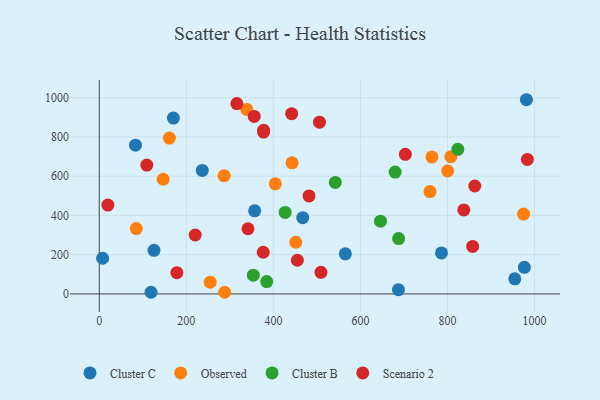
{"axis": {"x": "Price", "y": "Rating"}, "legend": ["Cluster B", "Cluster C", "Observed", "Scenario 2"], "data": [{"x": "125.7", "y": 222.4, "type": "Cluster C"}, {"x": "565.3", "y": 204.6, "type": "Cluster C"}, {"x": "786.2", "y": 209.2, "type": "Cluster C"}, {"x": "83.2", "y": 758.3, "type": "Cluster C"}, {"x": "467.4", "y": 388.6, "type": "Cluster C"}, {"x": "118.9", "y": 8.6, "type": "Cluster C"}, {"x": "7.7", "y": 181.9, "type": "Cluster C"}, {"x": "170.2", "y": 896.5, "type": "Cluster C"}, {"x": "687.3", "y": 21.6, "type": "Cluster C"}, {"x": "357.0", "y": 423.7, "type": "Cluster C"}, {"x": "236.6", "y": 629.7, "type": "Cluster C"}, {"x": "954.6", "y": 77.2, "type": "Cluster C"}, {"x": "981.3", "y": 989.8, "type": "Cluster C"}, {"x": "976.6", "y": 135.5, "type": "Cluster C"}, {"x": "286.9", "y": 602.8, "type": "Observed"}, {"x": "974.8", "y": 406.9, "type": "Observed"}, {"x": "338.9", "y": 940.3, "type": "Observed"}, {"x": "764.2", "y": 698.1, "type": "Observed"}, {"x": "85.0", "y": 332.9, "type": "Observed"}, {"x": "442.9", "y": 668.1, "type": "Observed"}, {"x": "451.4", "y": 263.4, "type": "Observed"}, {"x": "759.7", "y": 521.7, "type": "Observed"}, {"x": "800.4", "y": 627.1, "type": "Observed"}, {"x": "254.8", "y": 59.9, "type": "Observed"}, {"x": "404.4", "y": 561.3, "type": "Observed"}, {"x": "161.1", "y": 794.1, "type": "Observed"}, {"x": "146.8", "y": 584.4, "type": "Observed"}, {"x": "288.1", "y": 8.4, "type": "Observed"}, {"x": "807.8", "y": 699.1, "type": "Observed"}, {"x": "679.7", "y": 620.9, "type": "Cluster B"}, {"x": "687.7", "y": 281.9, "type": "Cluster B"}, {"x": "542.2", "y": 568.4, "type": "Cluster B"}, {"x": "427.0", "y": 415.3, "type": "Cluster B"}, {"x": "823.7", "y": 737.1, "type": "Cluster B"}, {"x": "646.1", "y": 370.6, "type": "Cluster B"}, {"x": "384.6", "y": 63.1, "type": "Cluster B"}, {"x": "353.9", "y": 95.6, "type": "Cluster B"}, {"x": "983.5", "y": 685.3, "type": "Scenario 2"}, {"x": "837.5", "y": 428.3, "type": "Scenario 2"}, {"x": "178.2", "y": 108.5, "type": "Scenario 2"}, {"x": "862.7", "y": 550.1, "type": "Scenario 2"}, {"x": "509.3", "y": 110.0, "type": "Scenario 2"}, {"x": "455.1", "y": 171.6, "type": "Scenario 2"}, {"x": "442.0", "y": 918.7, "type": "Scenario 2"}, {"x": "377.5", "y": 833.9, "type": "Scenario 2"}, {"x": "220.4", "y": 300.3, "type": "Scenario 2"}, {"x": "19.8", "y": 452.6, "type": "Scenario 2"}, {"x": "109.2", "y": 656.7, "type": "Scenario 2"}, {"x": "341.6", "y": 332.3, "type": "Scenario 2"}, {"x": "857.8", "y": 241.9, "type": "Scenario 2"}, {"x": "703.2", "y": 711.6, "type": "Scenario 2"}, {"x": "481.9", "y": 499.5, "type": "Scenario 2"}, {"x": "505.9", "y": 875.3, "type": "Scenario 2"}, {"x": "356.0", "y": 904.6, "type": "Scenario 2"}, {"x": "316.1", "y": 970.2, "type": "Scenario 2"}, {"x": "376.7", "y": 212.3, "type": "Scenario 2"}, {"x": "377.4", "y": 825.0, "type": "Scenario 2"}]}